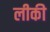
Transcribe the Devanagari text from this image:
लीकी